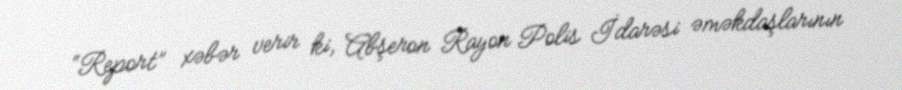
“Report” xəbər verir ki, Abşeron Rayon Polis İdarəsi əməkdaşlarının